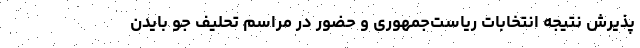
پذیرش نتیجه انتخابات ریاست‌جمهوری و حضور در مراسم تحلیف جو بایدن